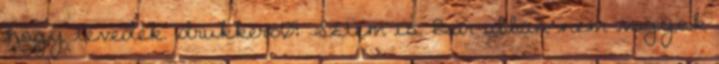
hogy tévedek. drukker60: Sztem is. Bár abban nem vagyok